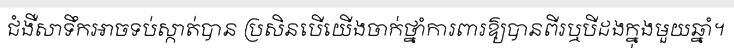
ជំងឺសាទឹកអាចទប់ស្កាត់បាន ប្រសិនបើយើងចាក់ថ្នាំការពារឱ្យបានពីរឬបីដងក្នុងមួយឆ្នាំ។